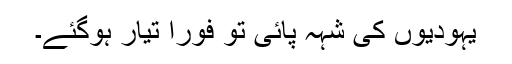
یہودیوں کی شہہ پائی تو فوراً تیار ہوگئے۔